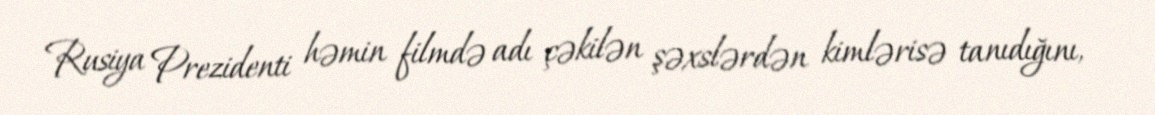
Rusiya Prezidenti həmin filmdə adı çəkilən şəxslərdən kimlərisə tanıdığını,